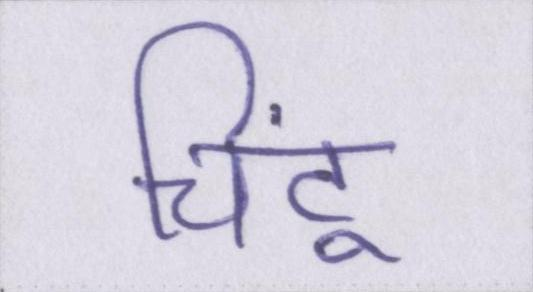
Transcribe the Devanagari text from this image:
चिंटू